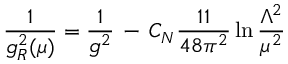
\frac { 1 } { g _ { R } ^ { 2 } ( \mu ) } = \frac { 1 } { g ^ { 2 } } \, - \, C _ { N } \frac { 1 1 } { 4 8 \pi ^ { 2 } } \ln \frac { \Lambda ^ { 2 } } { \mu ^ { 2 } }